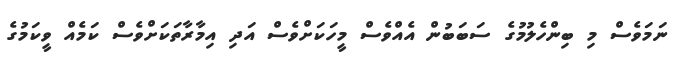
ނަމަވެސް މި ބިންހެލުމުގެ ސަބަބުން އެއްވެސް މީހަކަށްވެސް އަދި އިމާރާތަކަށްވެސް ކަމެއް ވީކަމުގެ